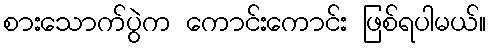
စားသောက်ပွဲက ကောင်းကောင်း ဖြစ်ရပါမယ်။